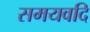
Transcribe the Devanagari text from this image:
समयवदि